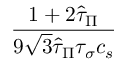
\frac { 1 + 2 \hat { \tau } _ { \Pi } } { 9 \sqrt { 3 } \hat { \tau } _ { \Pi } \tau _ { \sigma } c _ { s } }